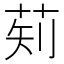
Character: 𬜱